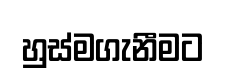
හුස්මගැනීමට